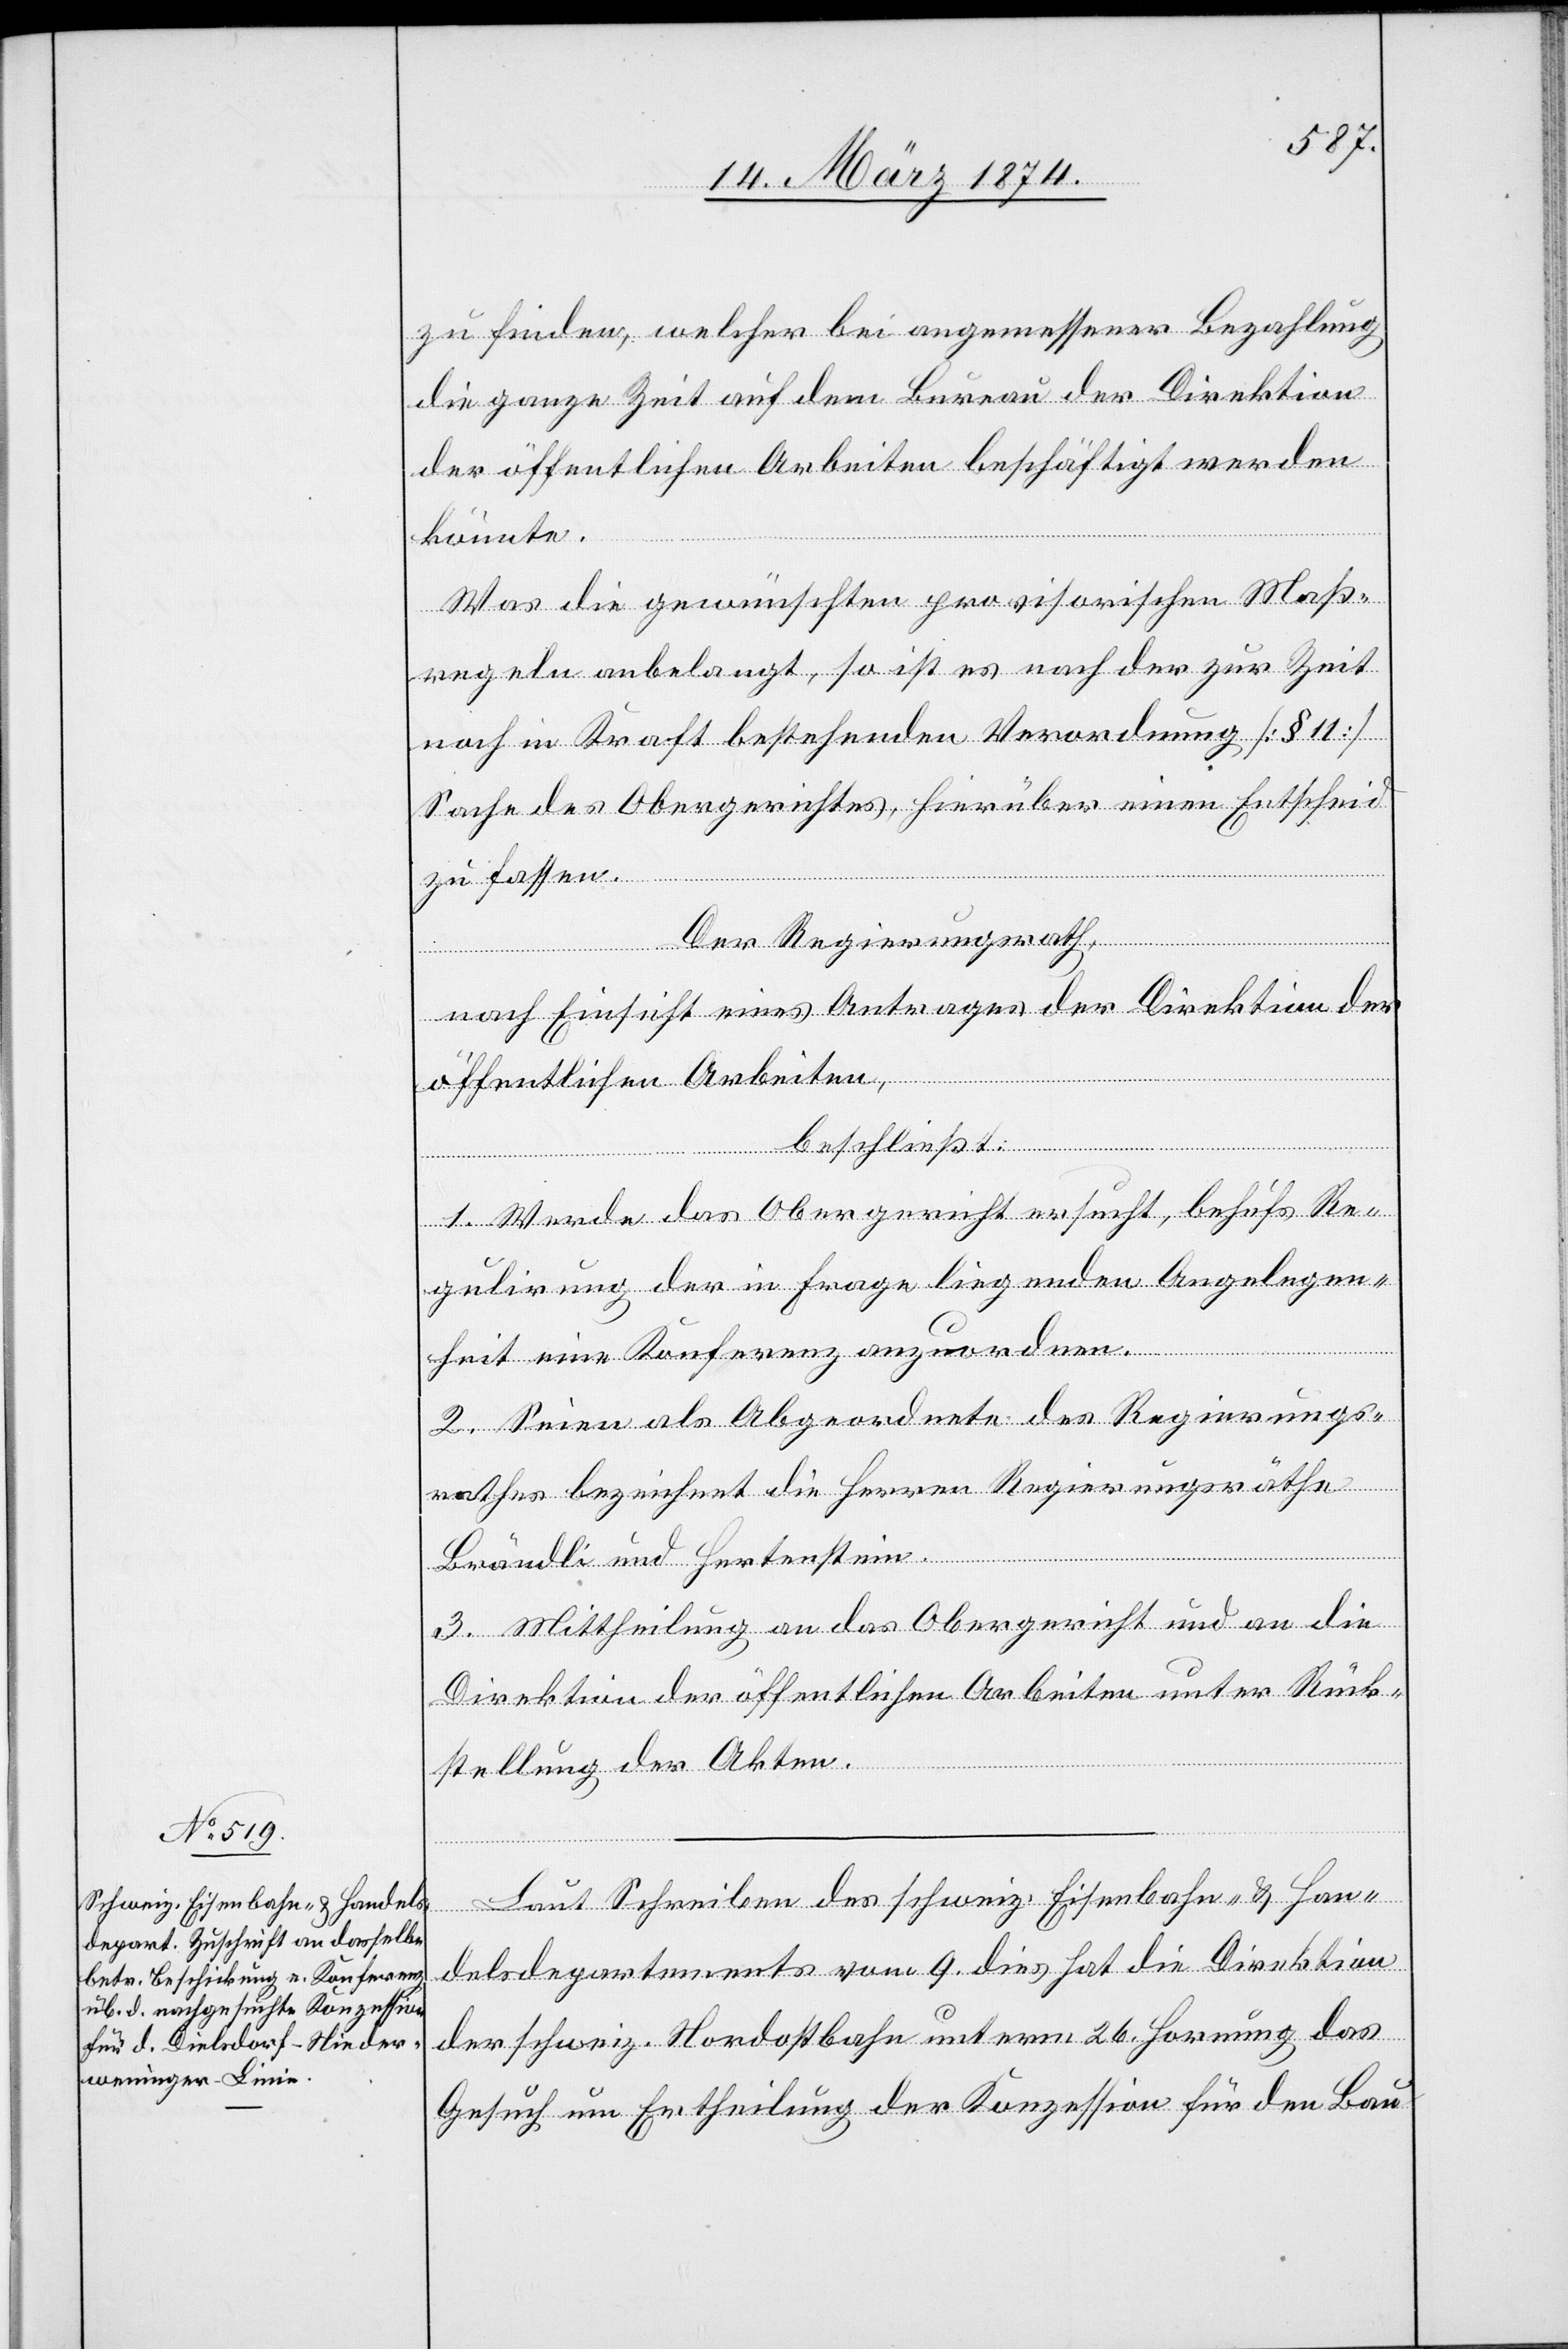
zu finden, welcher bei angemessener Bezahlung
die ganze Zeit auf dem Bureau der Direktion
der öffentlichen Arbeiten beschäftigt werden
könnte.
Was die gewünschten provisorischen Maß¬
regeln anbelangt, so ist es nach der zur Zeit
noch in Kraft bestehenden Verordnung [§ 11]
Sache des Obergerichtes, hierüber einen Entscheid
zu fassen.
Der Regierungsrath,
nach Einsicht eines Antrages der Direktion der
öffentlichen Arbeiten,
beschließt:
1. Werde das Obergericht ersucht, behufs Re¬
gulirung der in Frage liegenden Angelegen¬
heit eine Konferenz anzuordnen.
2. Seien als Abgeordnete des Regierungs¬
rathes bezeichnet die Herren Regierungsräthe
Brändli und Hertenstein.
3. Mittheilung an das Obergericht und an die
Direktion der öffentlichen Arbeiten unter Rück¬
stellung der Akten.
Laut Schreiben des schweiz. Eisenbahn- u. Han¬
delsdepartements vom 9. dies hat die Direktion
der schweiz. Nordostbahn unterm 26. Hornung das
Gesuch um Ertheilung der Konzession für den Bau